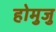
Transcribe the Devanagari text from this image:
होमुजु